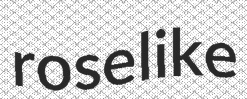
roselike